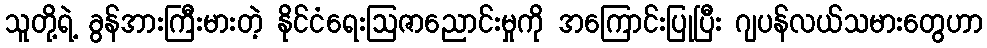
သူတို့ရဲ့ ခွန်အားကြီးမားတဲ့ နိုင်ငံရေးဩဇာညောင်းမှုကို အကြောင်းပြုပြီး ဂျပန်လယ်သမားတွေဟာ